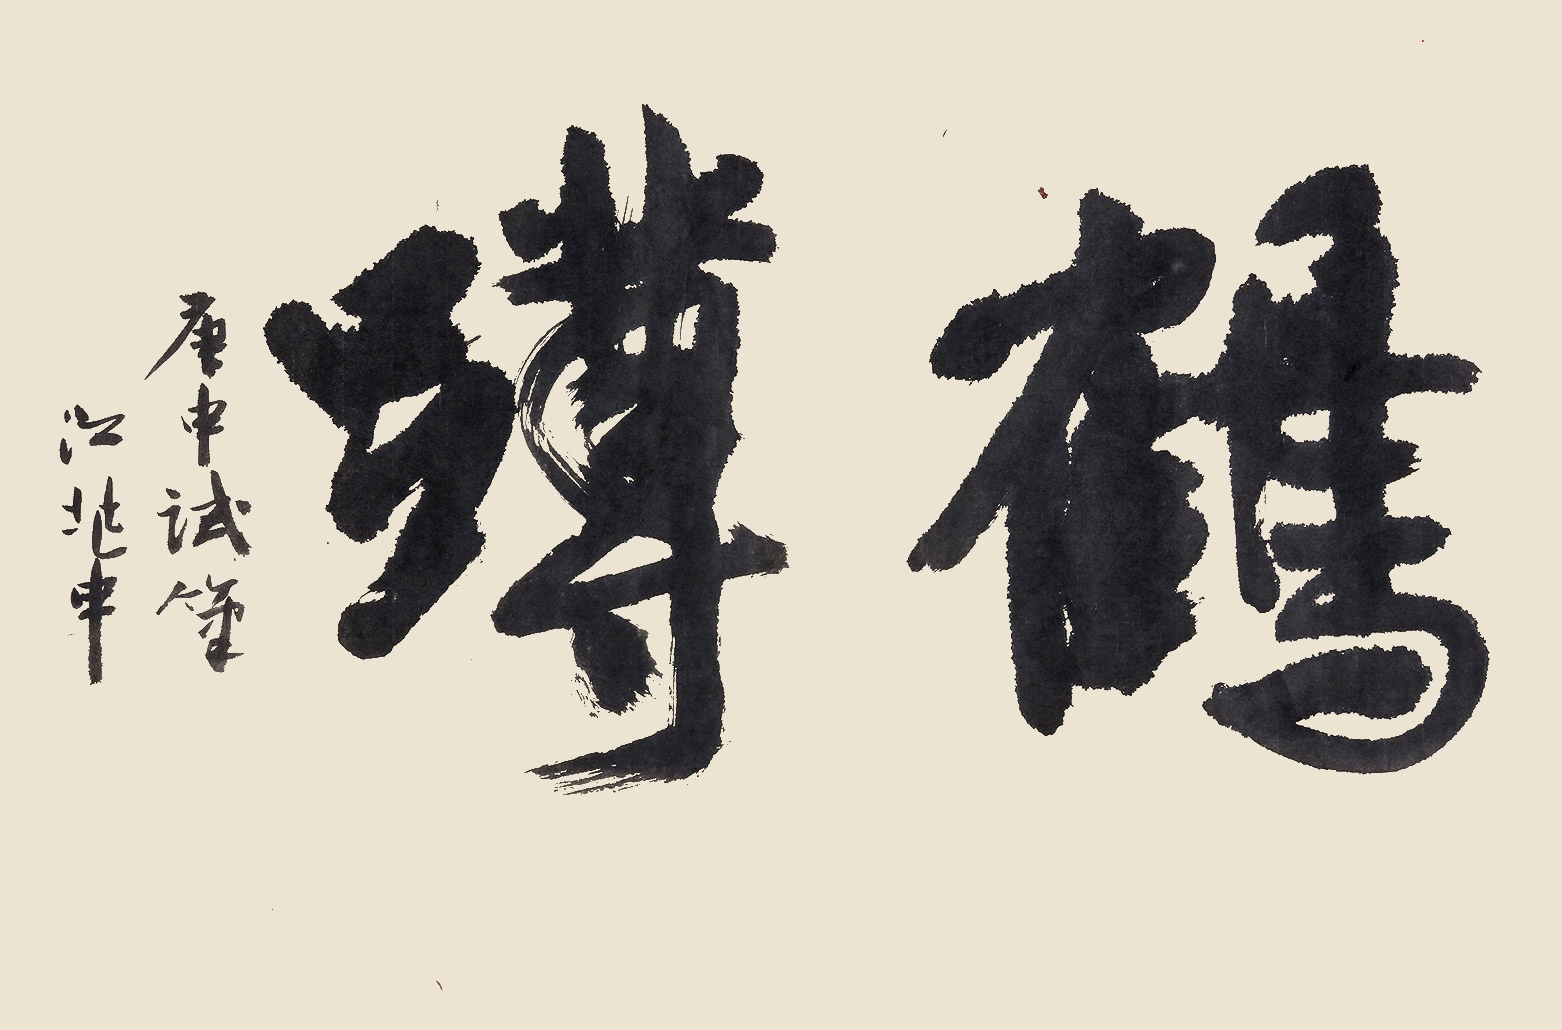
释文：鹤蹲。庚申试笔，江兆申。